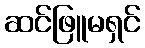
ဆင်ဖြူမရှင်